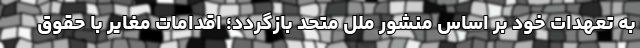
به تعهدات‌ خود بر اساس منشور ملل متحد بازگردد؛ اقدامات مغایر با حقوق